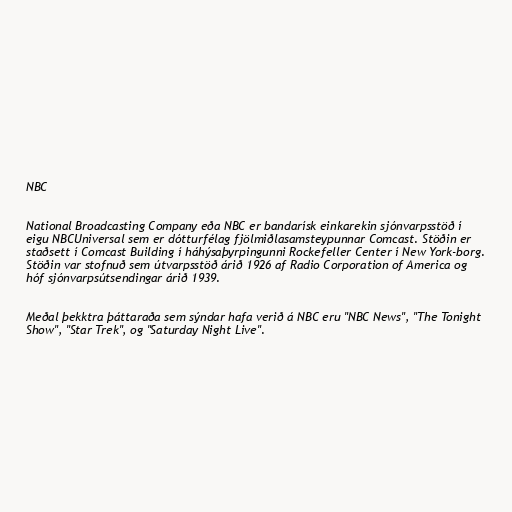
NBC

National Broadcasting Company eða NBC er bandarísk einkarekin sjónvarpsstöð í
eigu NBCUniversal sem er dótturfélag fjölmiðlasamsteypunnar Comcast. Stöðin er
staðsett í Comcast Building í háhýsaþyrpingunni Rockefeller Center í New York-borg.
Stöðin var stofnuð sem útvarpsstöð árið 1926 af Radio Corporation of America og
hóf sjónvarpsútsendingar árið 1939.

Meðal þekktra þáttaraða sem sýndar hafa verið á NBC eru "NBC News", "The Tonight
Show", "Star Trek", og "Saturday Night Live".